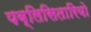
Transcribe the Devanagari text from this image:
पब्लिसितारियो